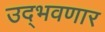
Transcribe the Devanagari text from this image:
उद्‌भवणार